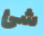
شئ